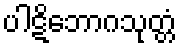
ပါဋိဘောဂသုတ္တံ